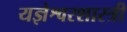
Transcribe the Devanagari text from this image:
यज्ञेश्वरशास्त्री